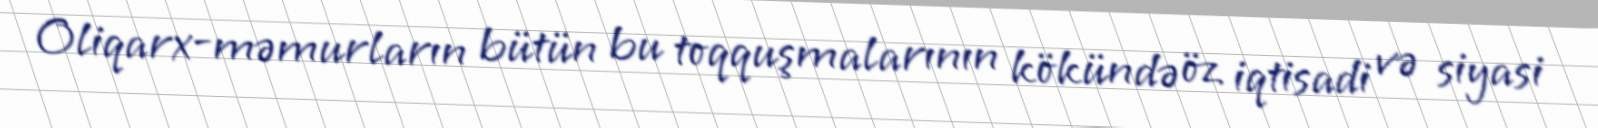
Oliqarx-məmurların bütün bu toqquşmalarının kökündə öz iqtisadi və siyasi